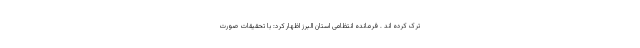
ترک کرده اند . فرمانده انتظامی استان البرز اظهار کرد: با تحقیقات صورت